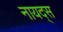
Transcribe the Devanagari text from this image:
नायद्स